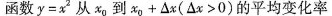
函数$$y = x ^ { 2 }$$ 从x_{0} 到 $$x _ { 0 } + △ x ( △ x > 0 )$$的平均变化率